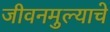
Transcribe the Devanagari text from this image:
जीवनमुल्याचे